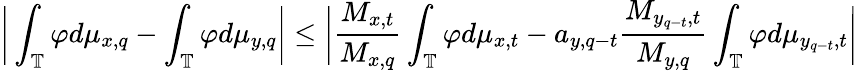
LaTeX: \bigg|\int_{\mathbb{T}}\varphi d\mu_{x,q}-\int_{\mathbb{T}}\varphi d\mu_{y,q}\bigg|\le\bigg|\frac{M_{x,t}}{M_{x,q}}\int_{\mathbb{T}}\varphi d\mu_{x,t}-a_{y,q-t}\frac{M_{y_{q-t},t}}{M_{y,q}}\int_{\mathbb{T}}\varphi d\mu_{y_{q-t},t}\bigg|